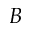
B